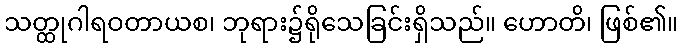
သတ္ထုဂါရဝတာယစ၊ ဘုရား၌ရိုသေခြင်းရှိသည်။ ဟောတိ၊ ဖြစ်၏။